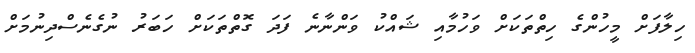
ހިލާފަށް މީހުންގެ ހިތްތަކަށް ވަހުމާއި ޝައްކު ވަންނާނެ ފަދަ ގޮތްތަކަށް ހަބަރު ނުގެނެސްދިނުމަށް